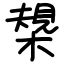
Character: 槼